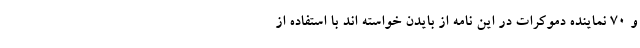
و 70 نماینده دموکرات در این نامه از بایدن خواسته اند با استفاده از